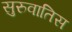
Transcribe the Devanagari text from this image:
सुरुवातिस